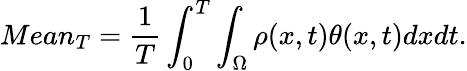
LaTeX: Mean_{T}=\frac{1}{T}\int_{0}^{T}\int_{\Omega}\rho(x,t)\theta(x,t)dxdt.